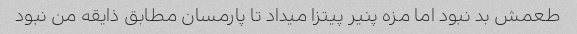
طعمش بد نبود اما مزه پنیر پیتزا میداد تا پارمسان مطابق ذایقه من نبود